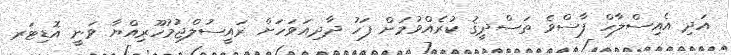
އަދި އެއިސްލާހް ފާސްވެ ތަސްދީޤު ކުރެއްވުމަށް ފަހު ދާދިއަވަހަށް ރައީސުލްޖުމުހޫރިއްޔާ ވަނީ އޮޑިޓަރ